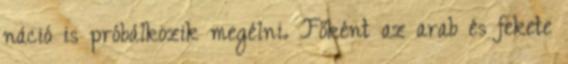
náció is próbálkozik megélni. Főként az arab és fekete